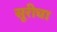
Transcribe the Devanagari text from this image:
सूरीचा